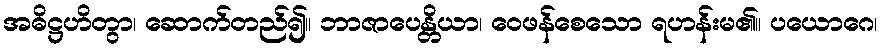
အဓိဋ္ဌဟိတွာ၊ ဆောက်တည်၍။ ဘာဇာပေန္တိယာ၊ ဝေဖန်စေသော ရဟန်းမ၏။ ပယောဂေ၊